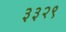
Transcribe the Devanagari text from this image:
३३२९